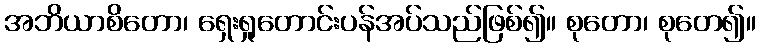
အဘိယာစိတော၊ ရှေးရှုတောင်းပန်အပ်သည်ဖြစ်၍။ စုတော၊ စုတေ၍။